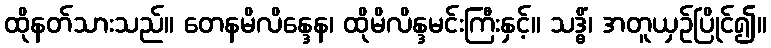
ထိုနတ်သားသည်။ တေနမိလိန္ဒေန၊ ထိုမိလိန္ဒမင်းကြီးနှင့်။ သဒ္ဓိံ၊ အတူယှဉ်ပြိုင်၍။